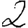
Digit: 2